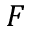
F